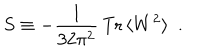
S \equiv - \frac { 1 } { 3 2 \pi ^ { 2 } } \, \mathrm { T r } \, \langle W ^ { 2 } \rangle ~ ~ .